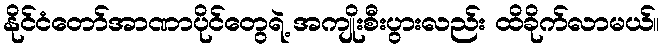
နိုင်ငံတော်အာဏာပိုင်တွေရဲ့ အကျိုးစီးပွားလည်း ထိခိုက်လာမယ်။